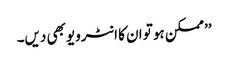
’’ممکن ہو تو ان کا انٹرویو بھی دیں۔